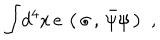
LaTeX: { \int } d ^ { 4 } x \, e \, \left( \, \sigma \, , \, { \bar { \psi } \psi } \, \right) \, \, ,